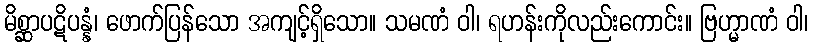
မိစ္ဆာပဋိပန္နံ၊ ဖောက်ပြန်သော အကျင့်ရှိသော။ သမဏံ ဝါ၊ ရဟန်းကိုလည်းကောင်း။ ဗြဟ္မာဏံ ဝါ၊